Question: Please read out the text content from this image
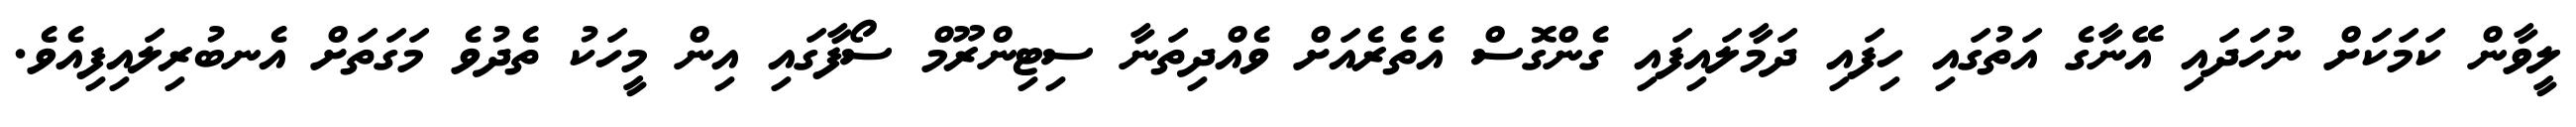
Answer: ލީވާން ކަމަކަށް ނުހަދައި އޭނާގެ އަތުގައި ހިފައި ދަމާލައިފައި ގެންގޮސް އެތެރެއަށް ވެއްދިތަނާ ސިޓިންރޫމް ސޯފާގައި އިން މީހަކު ތެދުވެ މަގަތަށް އެނބުރިލައިފިއެވެ.